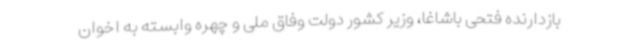
بازدارنده فتحی باشاغا، وزیر کشور دولت وفاق ملی و چهره وابسته به اخوان